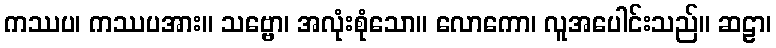
ကဿပ၊ ကဿပအား။ သဗ္ဗော၊ အလုံးစုံသော။ လောကော၊ လူအပေါင်းသည်။ ဆဠာ၊